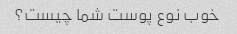
خوب نوع پوست شما چیست؟